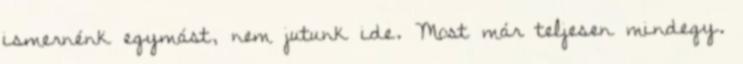
ismernénk egymást, nem jutunk ide. Most már teljesen mindegy.